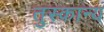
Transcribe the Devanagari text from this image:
तुस्कान्य